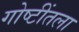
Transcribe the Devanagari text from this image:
गोष्टींतला